Vaccination in the Punjab 1883-1896 - 1883-1896
Year: 1883
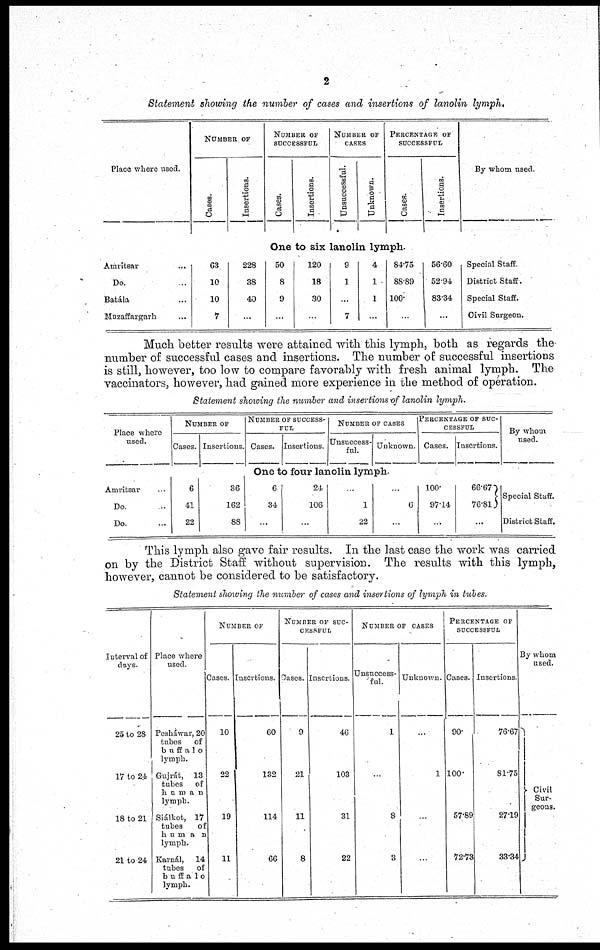
2
Statement showing the number of cases and insertions of lanolin lymph.
Place where used.
Amritsar ...
Do. ...
Batála ...
Muzaffargarh ...
NUMBER OF
Cases.
Insertions.
NUMBER OF
SUCCESSFUL
Cases.
Insertions.
NUMBER OF
CASES
Unsuccessful.
Unknown.
PERCENTAGE OF
SUCCESSFUL
Cas es .
Insertions.
One to six lanolin lymph.
63
10
10
7
228
38
40
...
50
8
9
...
120
18
30
...
9
1
...
7
4
1
1
...
84.75
88.89
100
...
56.60
52.94
83.34
...
By whom used.
Special Staff.
District Staff.
Special Staff.
Civil Surgeon.
Much better results were attained with this lymph, both as regards the
number of successful cases and insertions. The number of successful insertions
is still, however, too low to compare favorably with fresh animal lymph. The
vaccinators, however, had gained more experience in the method of operation.
Statement showing the number and insertions of lanolin lymph.
Place where
used.
Amritsar ...
Do. ...
Do. ...
NUMBER OF
Cases. Insertions.
NUMBER OF SUCCESS-
---
Cases. Insertions.
NUMBER OF CASES
Unsuccess-
ful.
Unknown.
PERCENTAGE OF SUC-
-------
Cases. Insertions.
One to four lanolin lymph.
6
41
22
36
162
88
6
34
...
24
106
...
...
1
22
...
6
...
100
97.14
...
66.67
76.81
...
By whom
used.
Special Staff.
District Staff.
This lymph also gave fair results. In the last case the work was carried
on by the District Staff without supervision. The results with this lymph,
however, cannot be considered to be satisfactory.
Statement showing the number of cases and insertions of lymph in tubes.
Interval of
days.
25 to 28
17 to 24
18 to 21
21 to 24
Place where
used.
Pesháwar, 20
tubes of
buffalo
lymph.
Gujrát, 13
tubes of
human
lymph.
Siálkot, 17
tubes of
h u m a n
lymph.
Karnál, 14
tubes of
buffa1o
lymph.
NUMBER OF
Cases.
10
22
19
11
Insertions
60
132
114
66
NUMBER OF SUC-
-------
Cases.
9
21
11
8
Insertions
46
103
31
22
NUMBER OF CASES
Unsuccess-
ful.
1
...
8
3
Unknown.
...
1
...
...
PERCENTAGE OF
SUCCESSFUL
Cases.
90
100
57.89
72.73
Insertions.
76.67
81.75
27.19
33.34
By whom
used.
Civil
Sur-
geons.